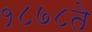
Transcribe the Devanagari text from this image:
१८७८ते